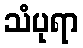
သံပုရာ